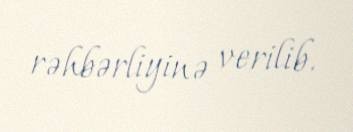
rəhbərliyinə verilib.